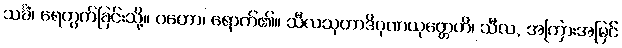
သင်္ခံ၊ ရေတွက်ခြင်းသို့။ ဂတော၊ ရောက်၏။ သီလသုတာဒိဂုဏယုတ္တေဟိ၊ သီလ, အကြားအမြင်